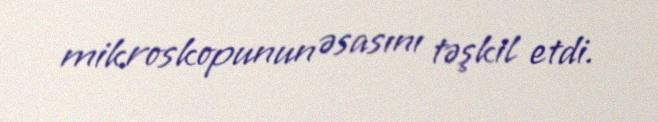
mikroskopunun əsasını təşkil etdi.